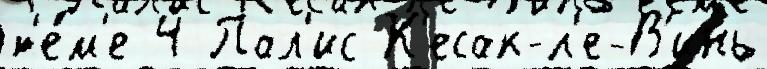
т'е́м'е 4 Пал'ис К'есак-л'е-В'инь